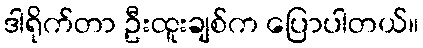
ဒါရိုက်တာ ဦးထူးချစ်က ပြောပါတယ်။